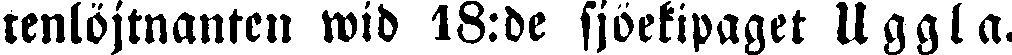
renlöjtnanten wid 18:de sjöekipaget Uggla.